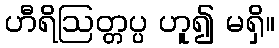
ဟီရိဩတ္တပ္ပ ဟူ၍ မရှိ။